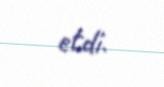
etdi.